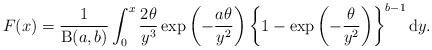
\begin{align*}F(x) =\frac{1}{\operatorname{B}(a,b)}\int^{x}_{0}\frac{2\theta}{y^{3}}\exp\left(-\frac{a\theta}{y^{2}}\right)\left\{1 - \exp\left(-\frac{\theta}{y^{2}}\right)\right\}^{b-1}\mathrm{d}y.\end{align*}